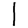
Digit: 1